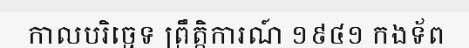
កាលបរិច្ឆេទ ព្រឹត្តិការណ៍ ១៩៤១ កងទ័ព